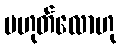
မဟုတ်လောဟု